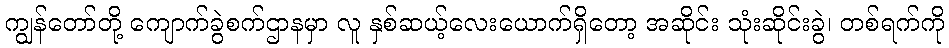
ကျွန်တော်တို့ ကျောက်ခွဲစက်ဌာနမှာ လူ နှစ်ဆယ့်လေးယောက်ရှိတော့ အဆိုင်း သုံးဆိုင်းခွဲ၊ တစ်ရက်ကို